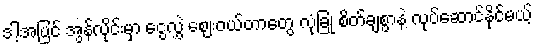
ဒါ့အပြင် အွန်လိုင်းမှာ ငွေလွှဲ ဈေးဝယ်တာတွေ လုံခြုံ စိတ်ချစွာနဲ့ လုပ်ဆောင်နိုင်မယ့်